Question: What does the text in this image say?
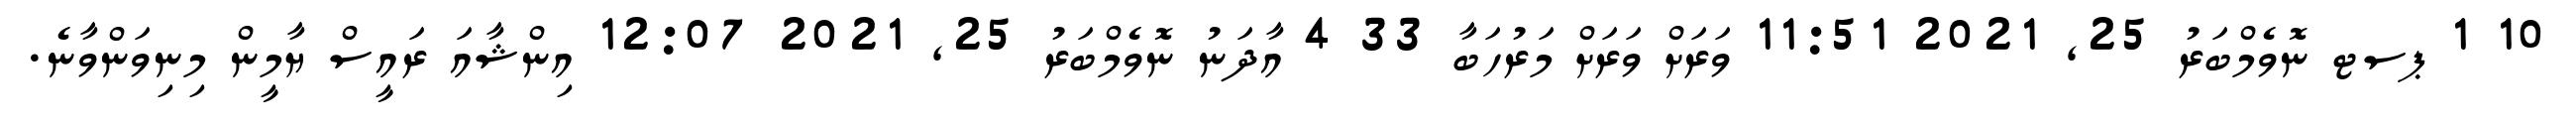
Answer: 10 1 ޕސޓ ނޮވެމްބަރު 25, 2021 11:51 ވަރަށް ވަރަށް މަރުހަބާ 33 4 އާދަނު ނޮވެމްބަރު 25, 2021 12:07 އިންޝާއަ ރައީސް ޔާމީން މިނިވަންވާނެ.